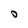
Character: O